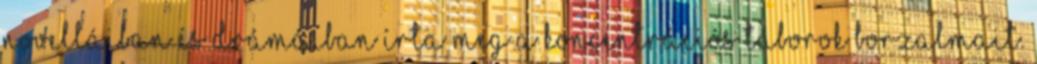
novelláiban és drámáiban írta meg a koncentrációs táborok borzalmait.